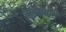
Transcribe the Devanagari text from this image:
डाइनासौरों